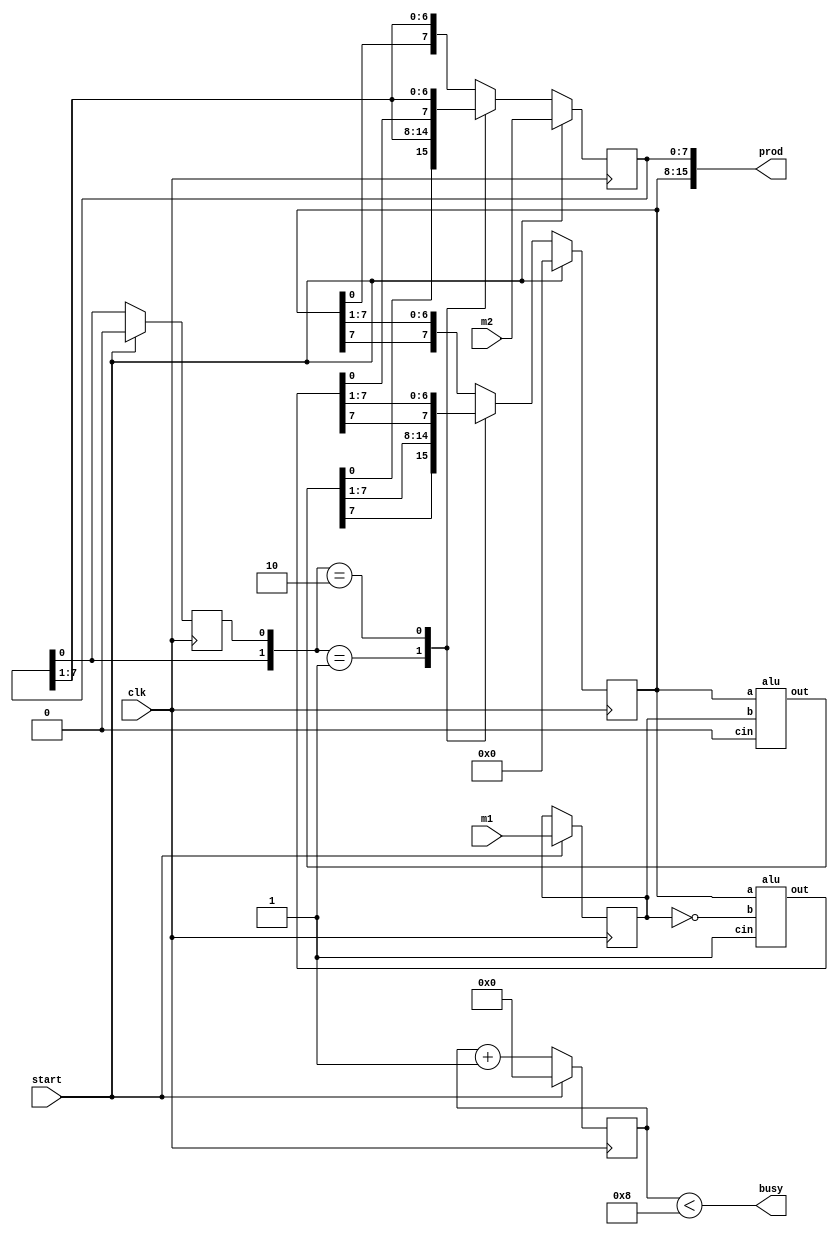
`timescale 1ns / 1ps
//////////////////////////////////////////////////////////////////////////////////
// Company: 
// Engineer: 
// 
// Design Name: 
// Module Name: MUL_8b
// Project Name: 
// Target Devices: 
// Tool Versions: 
// Description: 
// 
// Dependencies: 
// 
// Revision:
// Revision 0.01 - File Created
// Additional Comments:
// 
//////////////////////////////////////////////////////////////////////////////////


module MUL_8b(
output [15:0] prod, 
output busy, 
input [7:0] m1, 
input [7:0] m2, 
input clk, 
input start);

reg [7:0] A, Q, M;
reg Q_1;
reg [3:0] count;
wire [7:0] sum, difference;
always @(posedge clk)
    begin
    if (start) 
        begin
        A <= 8'b0;
        M <= m1;   
        Q <= m2;
        Q_1 <= 1'b0;
        count <= 4'b0;
        end
    else 
        begin
        case ({Q[0], Q_1})
            2'b0_1 : {A, Q, Q_1} <= {sum[7], sum, Q};
            2'b1_0 : {A, Q, Q_1} <= {difference[7], difference, Q}; 
            default: {A, Q, Q_1} <= {A[7], A, Q};
        endcase
        count <= count + 1'b1;  
        end
    end
    
alu adder (sum, A, M, 1'b0);
alu subtracter (difference, A, ~M, 1'b1);
assign prod = {A, Q};
assign busy = (count < 8);  

endmodule


module alu(out, a, b, cin);
output [7:0] out;
input [7:0] a;
input [7:0] b;
input cin;
assign out = a + b + cin;
endmodule